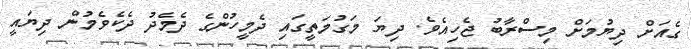
ގެއަށް ދިޔުމަށް މިސްރާބު ޖެހިއެވެ. ދިޔަ މަގުމަތީގައި ދެމީހުންގެ ދެމެދު ދެކެވެމުން ދިޔައީ